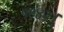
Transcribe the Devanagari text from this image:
१९४२।